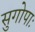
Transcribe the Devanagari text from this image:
सुगोपाः